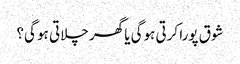
شوق پورا کرتی ہوگی یا گھر چلاتی ہو گی؟